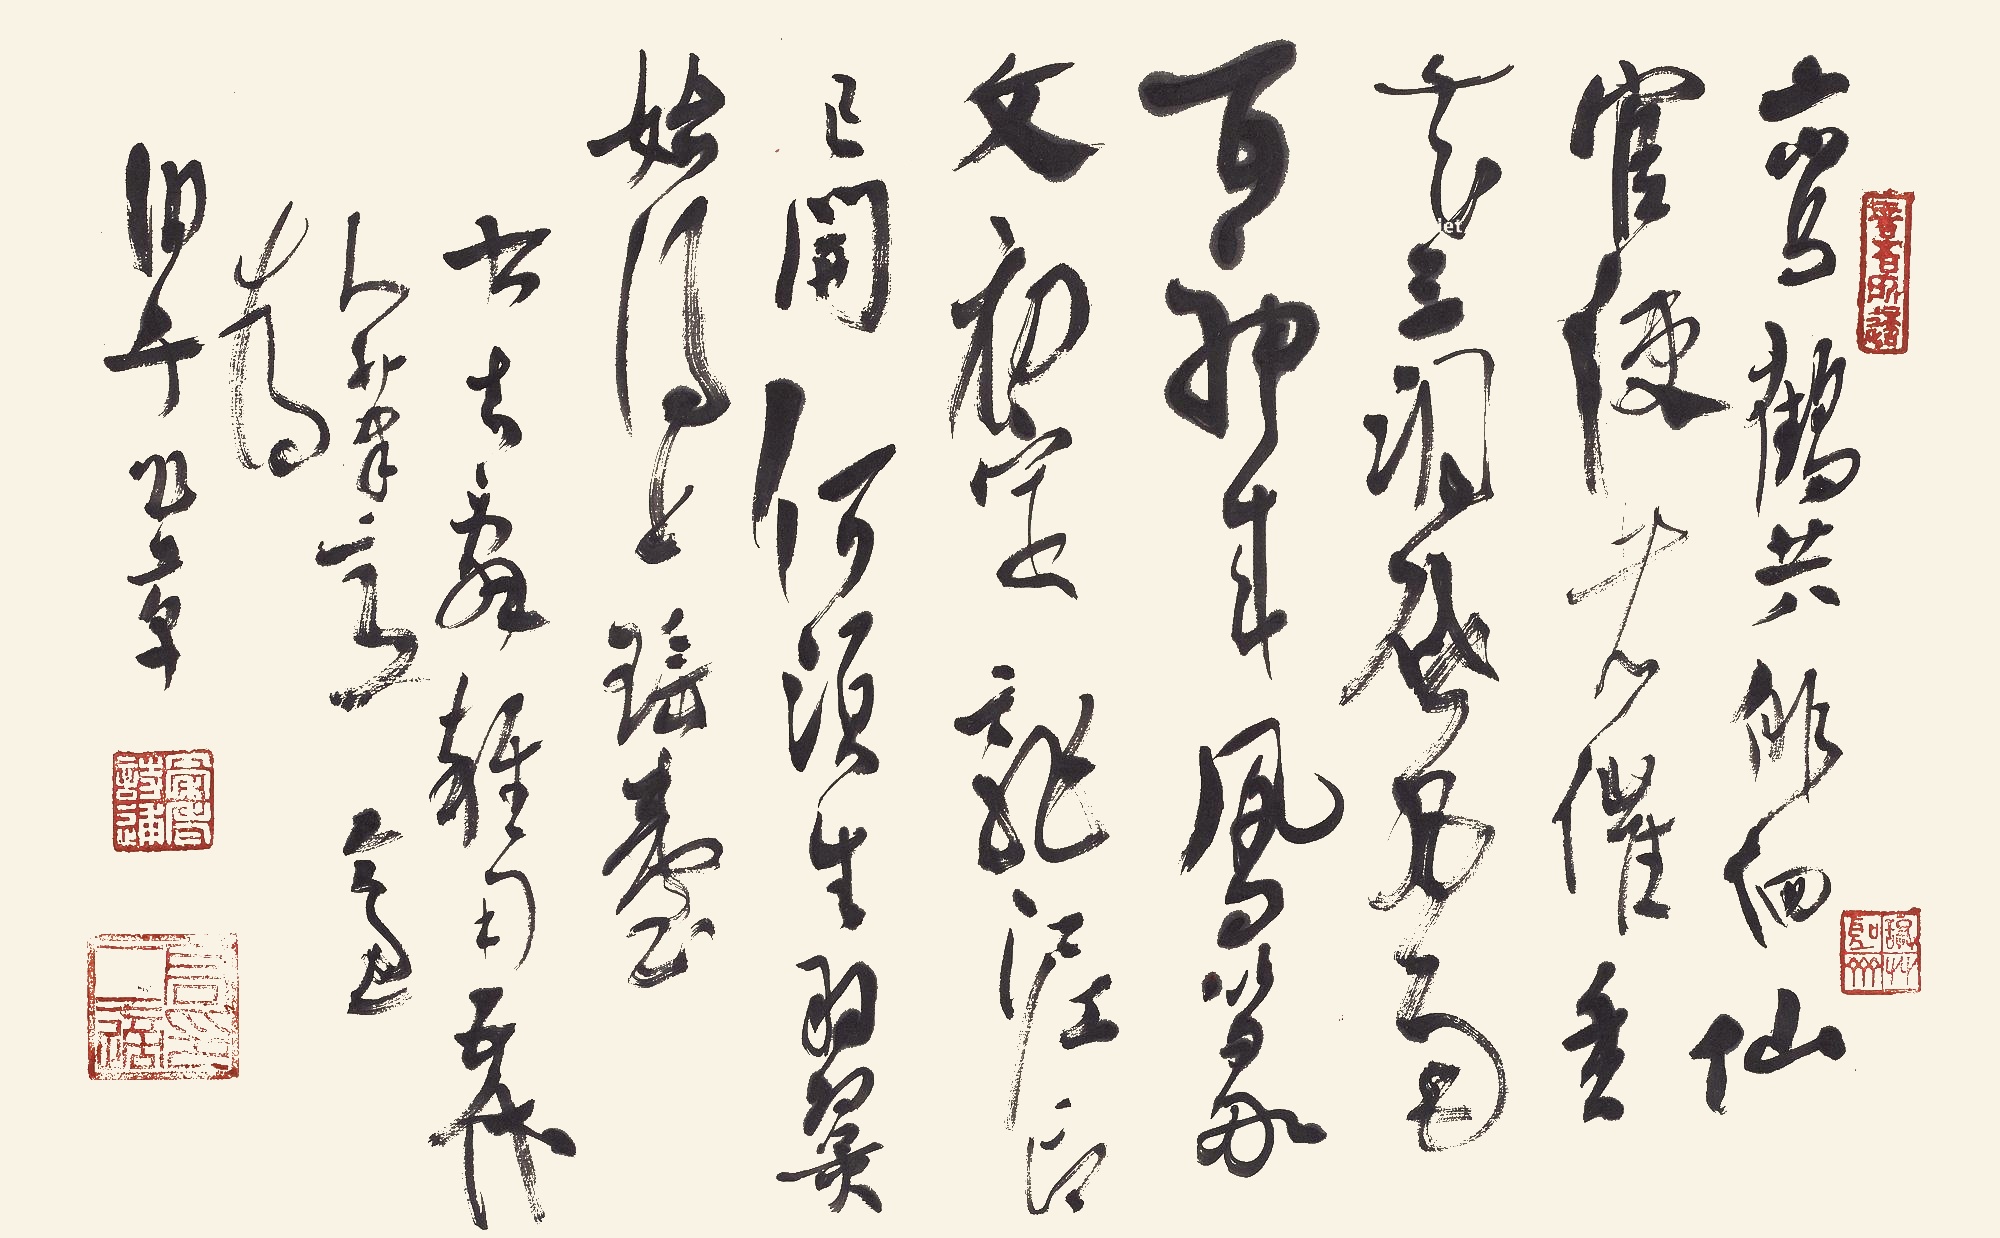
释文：鸾鹤共徘徊，仙官使者催。香花三洞启，风雨百神来。凤篆文初定，龙泥印已开。何须生羽翼，始得上瑶台。书去辞杂句五代人笔，高二适为伯千作草。